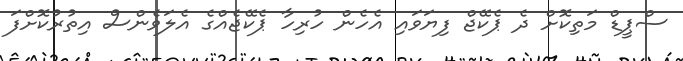
ސްޕީޑް މަތިކޮށް ދެ ޕެކޭޖް ފިޔަވައި އެހެން ހުރިހާ ޕެކޭޖެއްގެ އެލަވެންސް އިތުރުކޮށްފަ